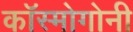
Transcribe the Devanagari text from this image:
कॉस्मोगोनी